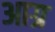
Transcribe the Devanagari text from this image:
आग्र